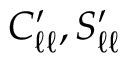
C _ { \ell \ell } ^ { \prime } , S _ { \ell \ell } ^ { \prime }